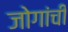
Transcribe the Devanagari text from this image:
जोगांची